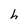
Character: h